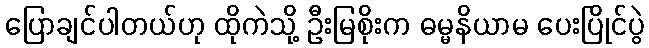
ပြောချင်ပါတယ်ဟု ထိုကဲသို့ ဦးမြစိုးက ဓမ္မနိယာမ ပေးပြိုင်ပွဲ